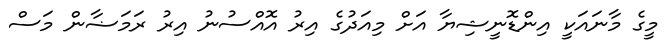
މީގެ މާނައަކީ އިންޑޮނީޝިޔާ އަށް މިއަދުގެ އިރު އޮއްސުނު އިރު ރަމަޟާން މަސް